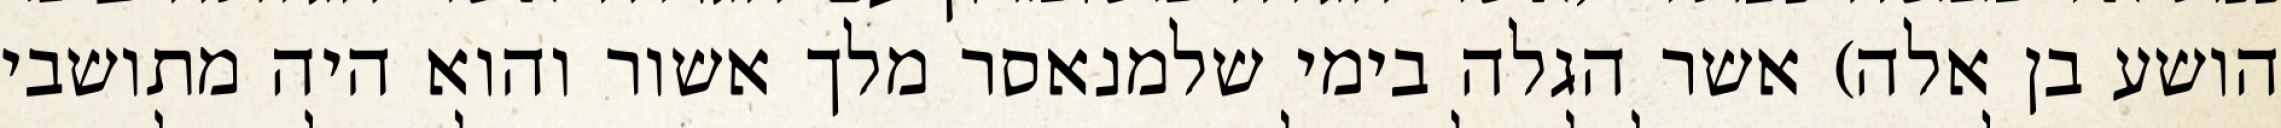
הושע בן אלה) אשר הגלה בימי שלמנאסר מלך אשור והוא היה מתושבי